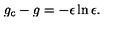
g _ { \mathrm { c } } - g = - \epsilon \ln \epsilon .